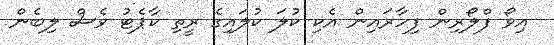
އިވޯ ފްލޯރިން ފިހާރައިން އެކި ކުލަ ކުލައިގެ ރީތި ކާޕެޓު ވެސް ލިބެން